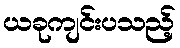
ယခုကျင်းပသည့်